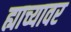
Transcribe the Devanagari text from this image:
ह्याच्यावर